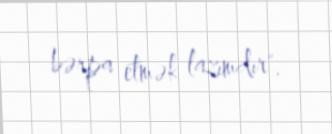
bərpa etmək lazımdır".